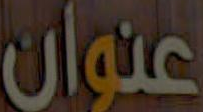
عنوان